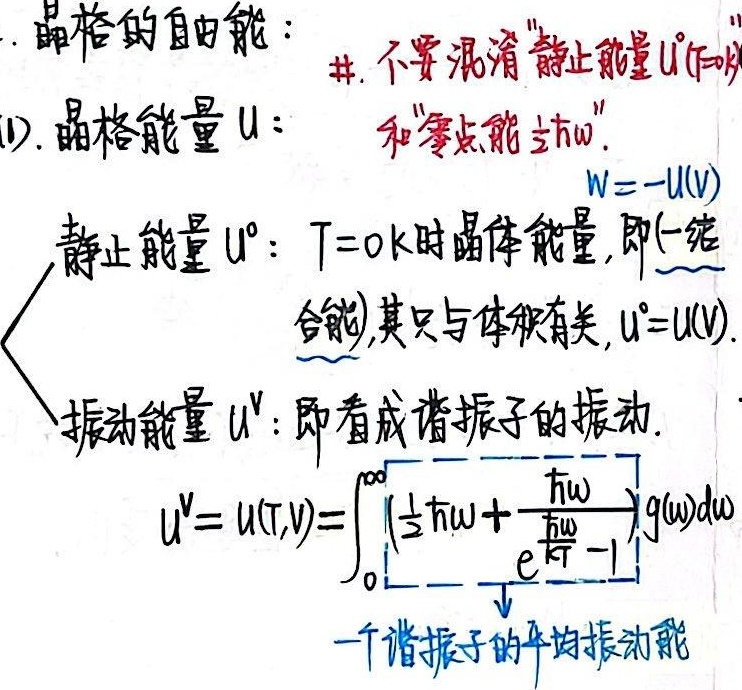
### 晶格的自由能：
**注意**：不要混淆 “静止能量 \(U^0\)”(1). 晶格能量 \(U\)：和 “零点能 \(\frac{1}{2}\hbar\omega\)”

\[W = -U(V)\]

静止能量 \(U^0\)：\(T = 0K\) 时晶体能量，即（一结合能），其只与体积有关，\(U^0 = U(V)\)。

振动能量 \(U^V\)：即看成谐振子的振动。

\[U^V = U(T,V)=\int_{0}^{\infty} \left(\frac{1}{2}\hbar\omega + \frac{\hbar\omega}{e^{\frac{\hbar\omega}{kT}} - 1}\right) g(\omega)d\omega\]

一个谐振子的平均振动能